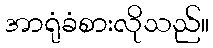
အာရုံခံစားလိုသည်။